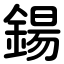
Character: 鍚